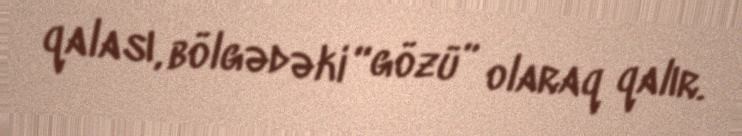
qalası, bölgədəki “gözü” olaraq qalır.